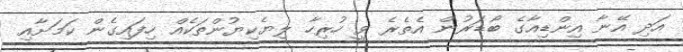
އަދި އޭނާ އިންޑިއާގެ ބޯޑަރުން އެތެރެ ވީ ހުރިހާ ލިޔެކިޔުންތަކެއް ހިފައިގެން ކަމަށާއި